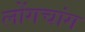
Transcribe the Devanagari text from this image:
लोंगचांग